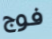
فوج